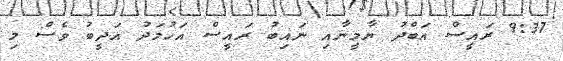
9:37 ރައީސް އަބްދު ޔާމީނާއި ނައިބު ރައީސް އަހުމަދު އަދީބު ވެސް މި